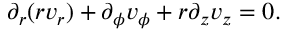
\partial _ { r } ( r v _ { r } ) + \partial _ { \phi } v _ { \phi } + r \partial _ { z } v _ { z } = 0 .